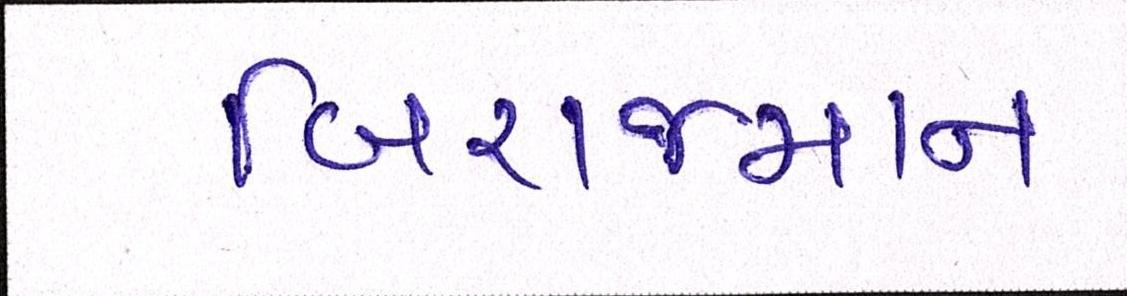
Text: બિરાજમાન